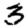
Digit: 3